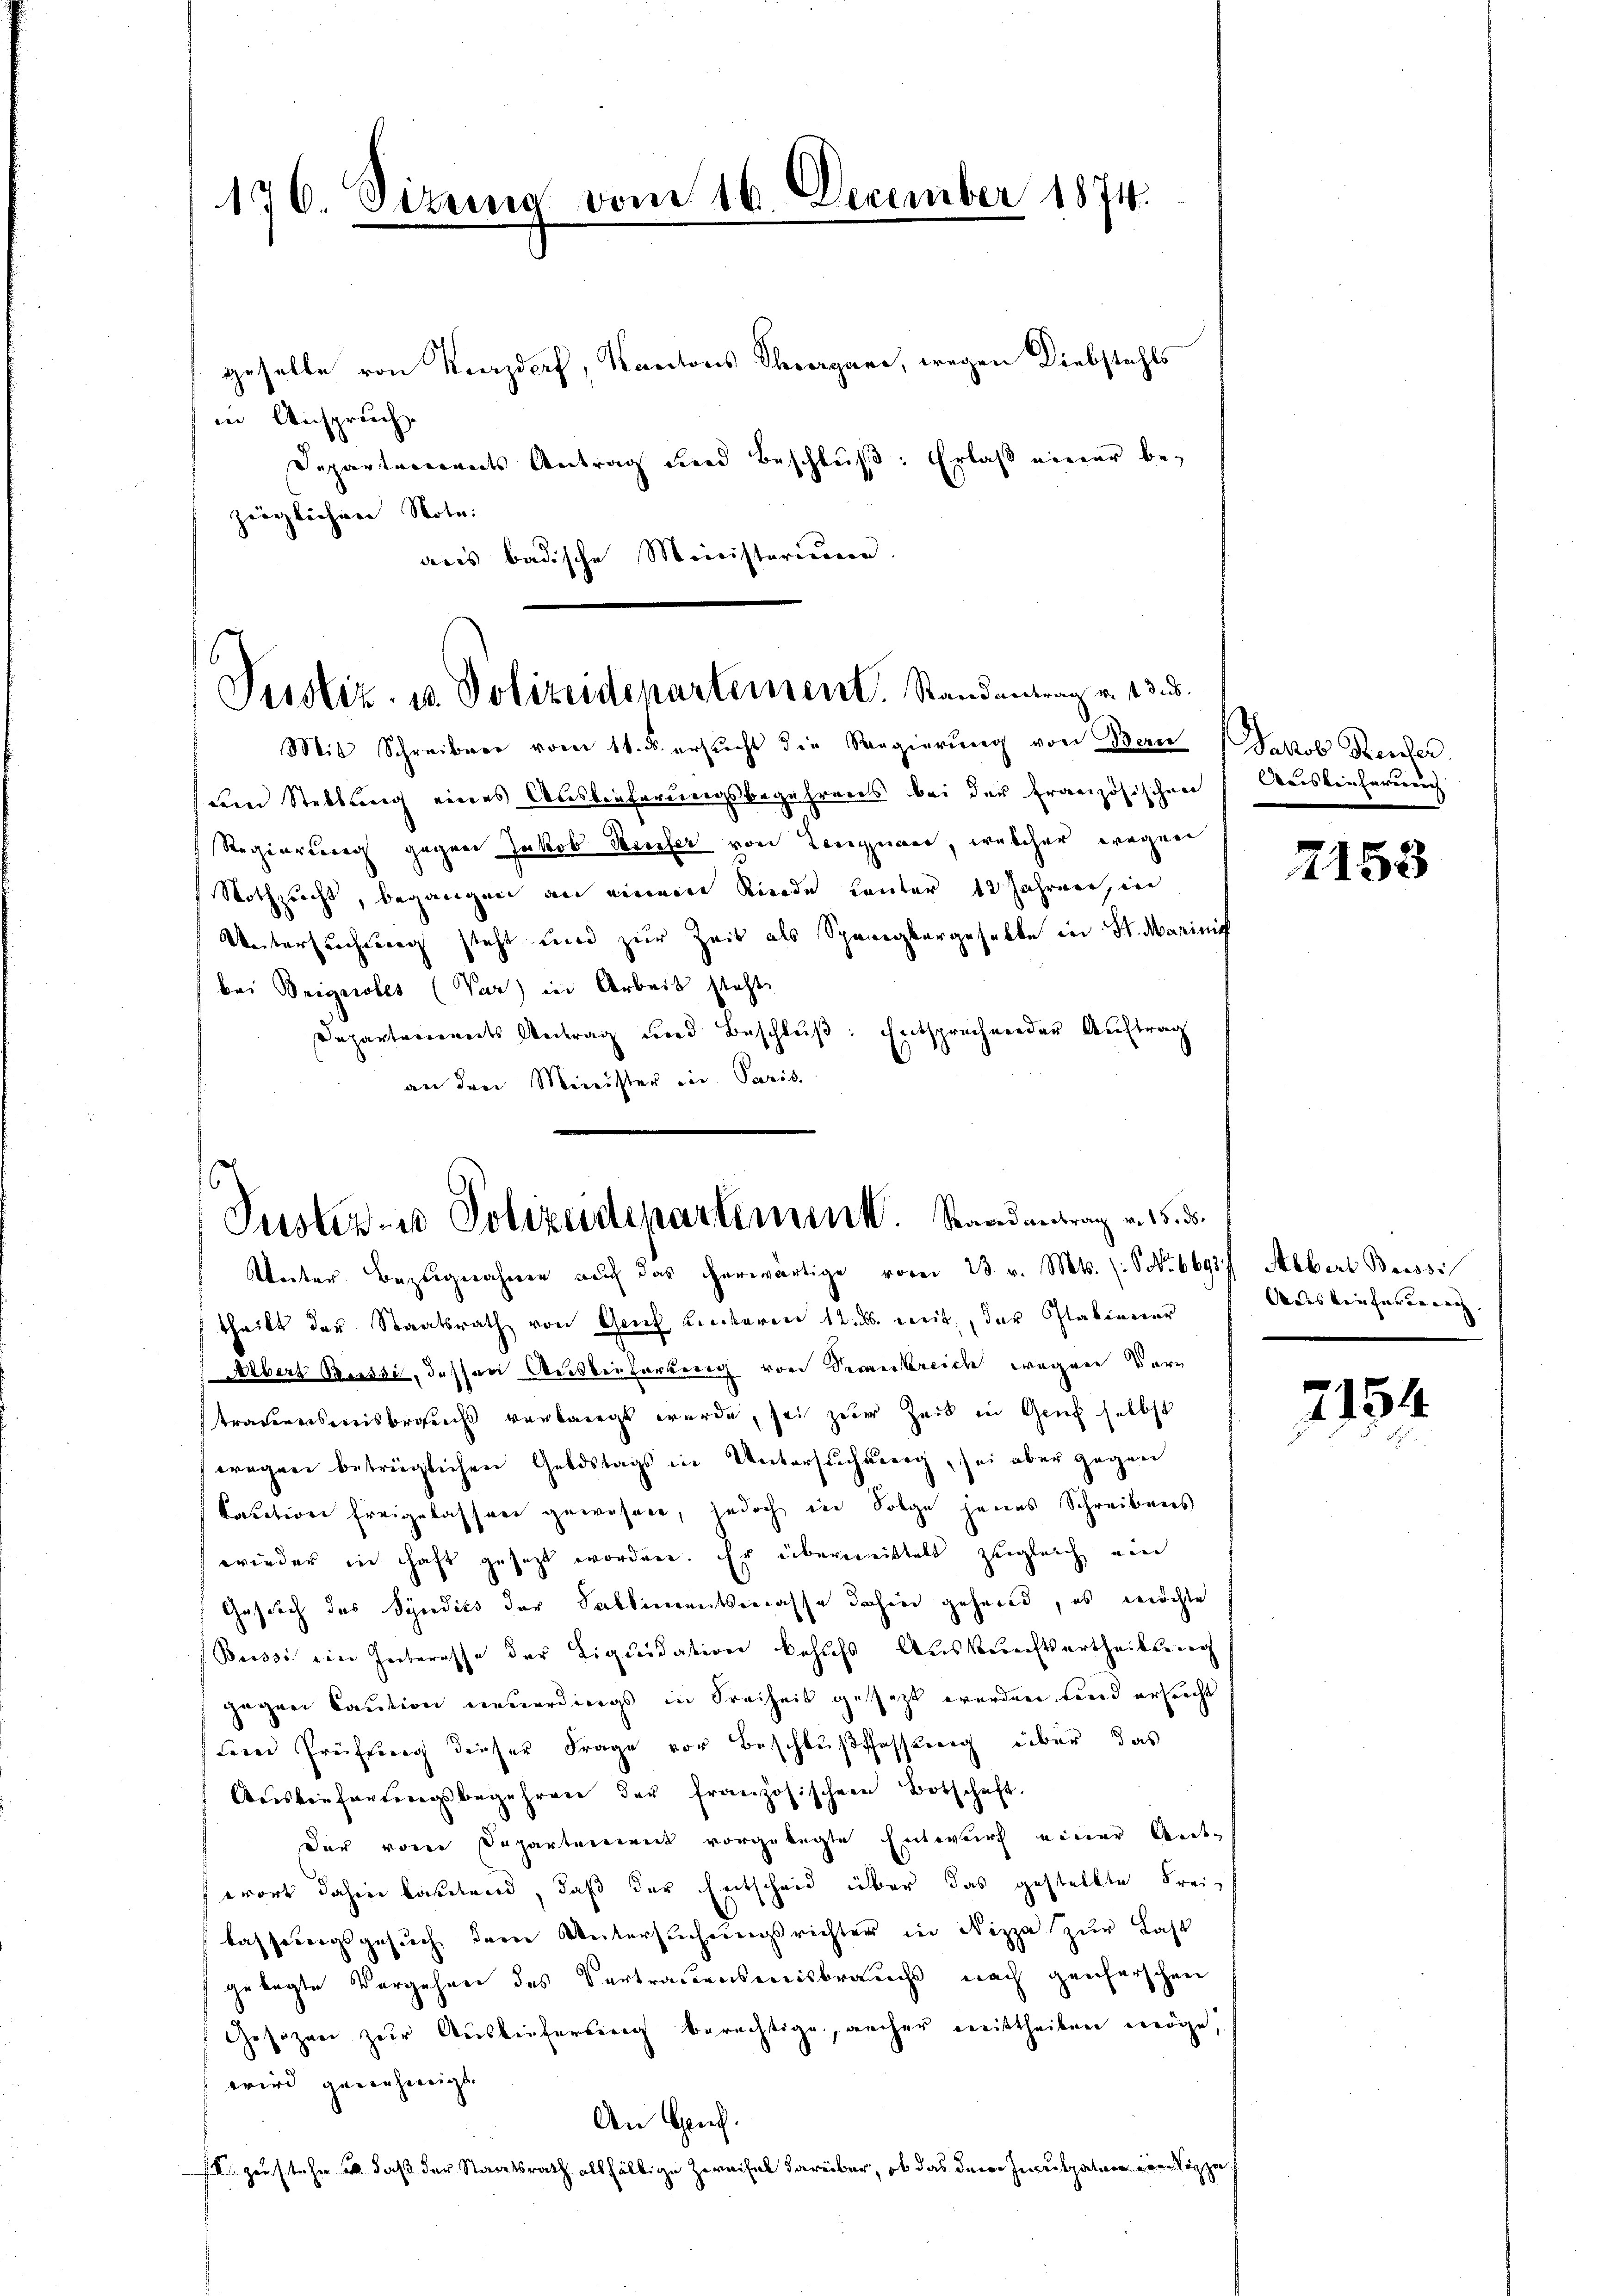
176. Sizung

vom 16. December 1874

geselle von Kurzdorf, Kantons Thiergane, wegen Diebstahls
in Anspruch
Departerrents Antrag und Beschluß: Erlaß einer bezwöglichen Notai
aus badische Ministerium

Justiz- u. Polizeidepartement. Randantrag v. 135.
Mit Schreiben vom 11. u. ersŭcht die Regierŭng von Bern Jakob Reiher

dem Stellung eines Auslieferungsbegehrens bei der französischen Auslieferung
Regierung gegen Jakob Teufer von Lengnau, welcher wegen
Nothzucht, begangen an einem Kinde Läuter 12 Jahren, in
Untersuchung steht und zur Zeit als Spangbargeselbe in St. Marinig
bei Brignoles (Var) in Arbeit steht
Departements Antrag und Beschluß: Entsprechender Auftrag
an den Minister in Paris

Justiz- u Polizeidepartement. Staad antrag v. 15. ds.
Unter Bezugnahmen auch das erwärtige vom 13. v. Mts. (S. 669f Albert Brissi

theilt der Staatsrath von Genf Lieberen 12. ds. weit, der Italiener
 Albers Grussi, dessen Ausbeiterung von Decankreich wegen Bern
trauensweisbroens verlangt wurde, sei zur Zeit in Gruch selbst
Fragen betrüglichen Geldstags in Untersuchung, sei aber gegen
kacation freigelassen gewesen, jedoch in Folge jenes Schreibens
wieder in Haft gesetzt worden. Er übermittelt zugleich ein
Gesuch des Syndics der Sabbimentsmasse dahin gehend, es möchte
Buisse ein Interesse der Liquidation behufs Auskunftsurtheilung
gegen Caution neuerdings in Freiheit gesetzt werden, fand ersucht
dern Prüfung dieser Frage vor Beschlußfassung über, das
Aeisverfandungsbegehren der französischen Botschaft.
Der vom Departement vorgelegte Entwurf einer Antwort dahin kanntend, daß der Entscheid über das gestellte Freie
lassungsgesuch dem Untersuchungsrichter in Nizza zur Last
gelegte Vergehen des Vertrauensweisbrauchs nach geicherschen
Gesetzen zur Ausliefertig berechtige, aucher mittheilen möge,
wird genehmigt. |
An Gruf.
V. zu stehe u. daß der Staatsrath allfällige Zweifel darüber, ob das der Inculpaten der z

2153

Anis kein fernung

2154